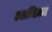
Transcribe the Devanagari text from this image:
अक़ीक़ा